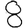
Digit: 8